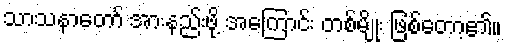
သာသနာတော် အားနည်းဖို့ အကြောင်း တစ်မျိုး ဖြစ်တော့၏။